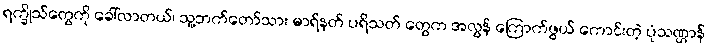
ရက္ခိုသ်တွေကို ခေါ်လာတယ်၊ သူ့ဘက်တော်သား မာရ်နတ် ပရိသတ် တွေက အလွန် ကြောက်ဖွယ် ကောင်းတဲ့ ပုံသဏ္ဌာန်